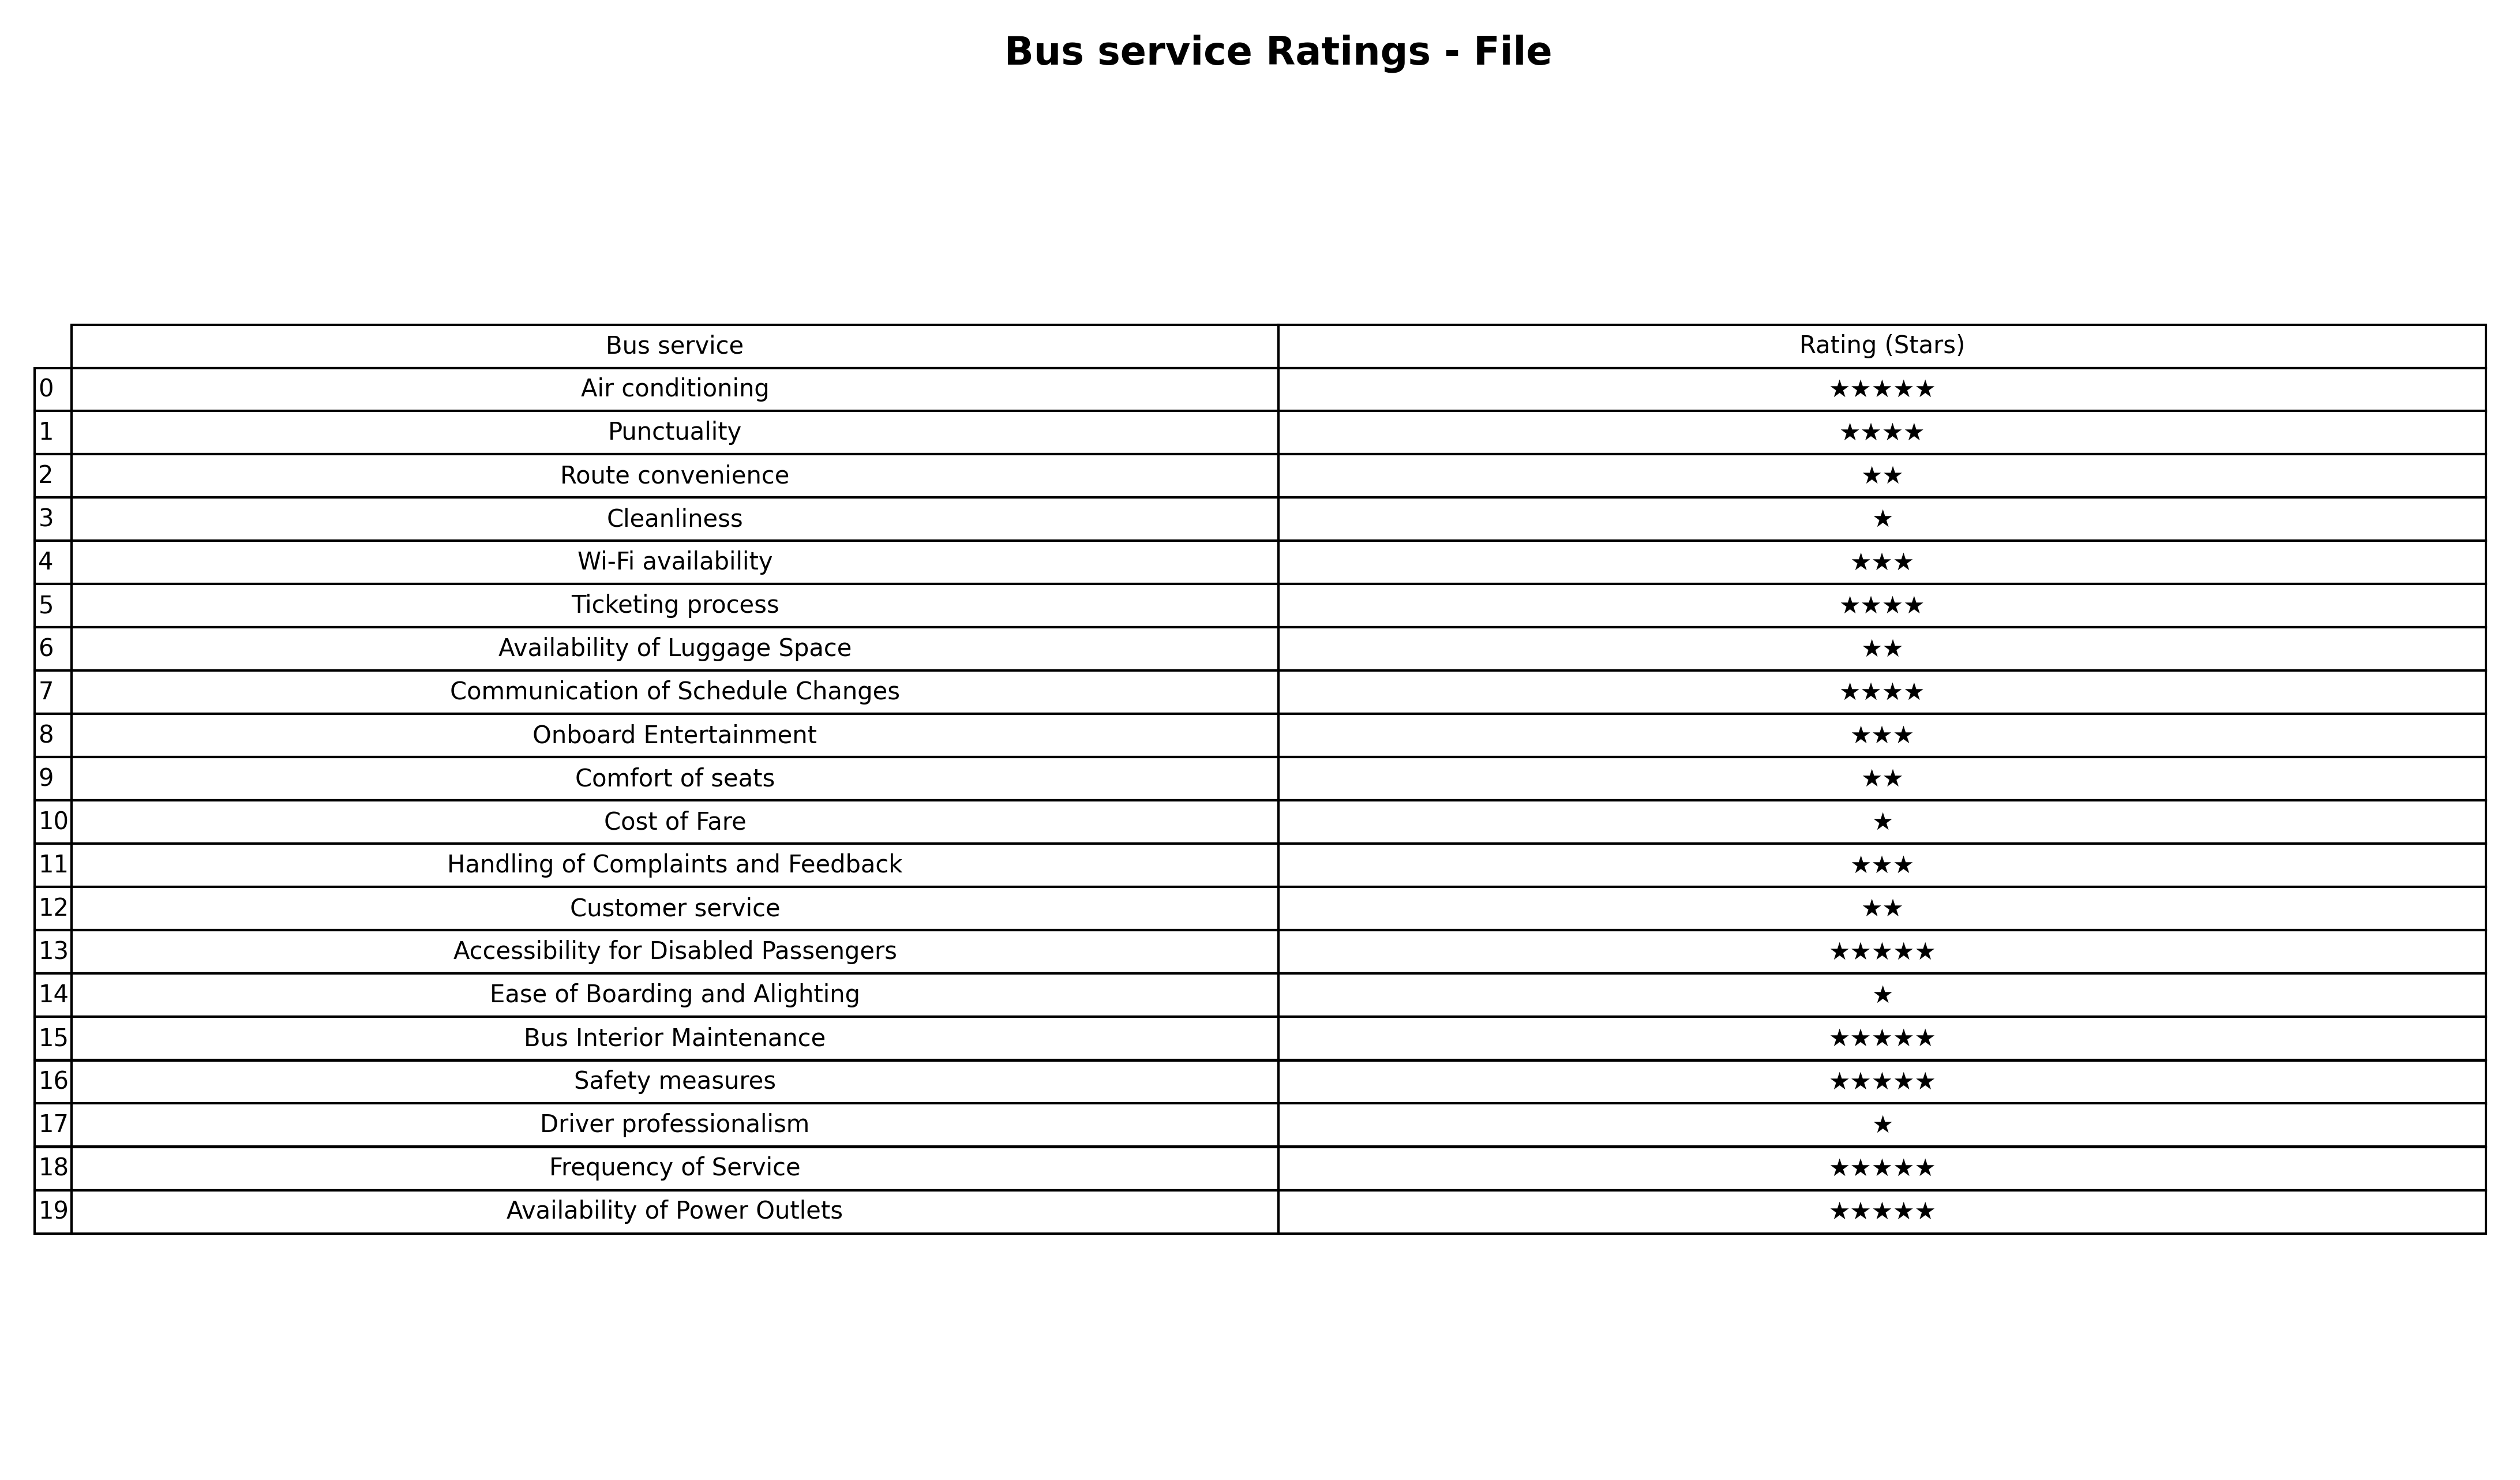
question: What is the rating of Bus Interior Maintenance?
answer: ★★★★★